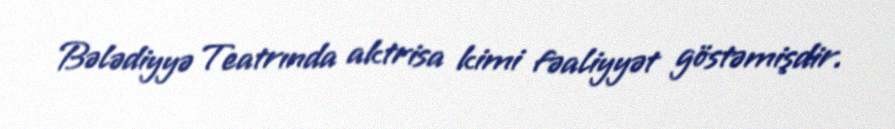
Bələdiyyə Teatrında aktrisa kimi fəaliyyət göstəmişdir.